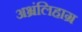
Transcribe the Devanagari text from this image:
अभ्रंलिहाग्र